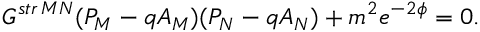
G ^ { s t r \, M N } ( P _ { M } - q A _ { M } ) ( P _ { N } - q A _ { N } ) + m ^ { 2 } e ^ { - 2 \phi } = 0 .